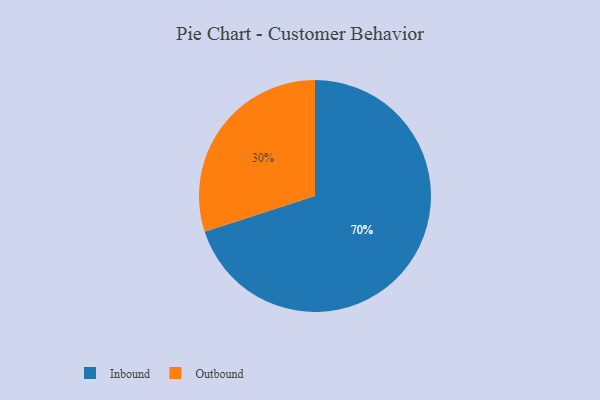
{"axis": {"x": "Category", "y": "Percentage"}, "legend": ["Inbound", "Outbound"], "data": [{"x": "Outbound", "y": 30, "type": "Outbound"}, {"x": "Inbound", "y": 70, "type": "Inbound"}]}